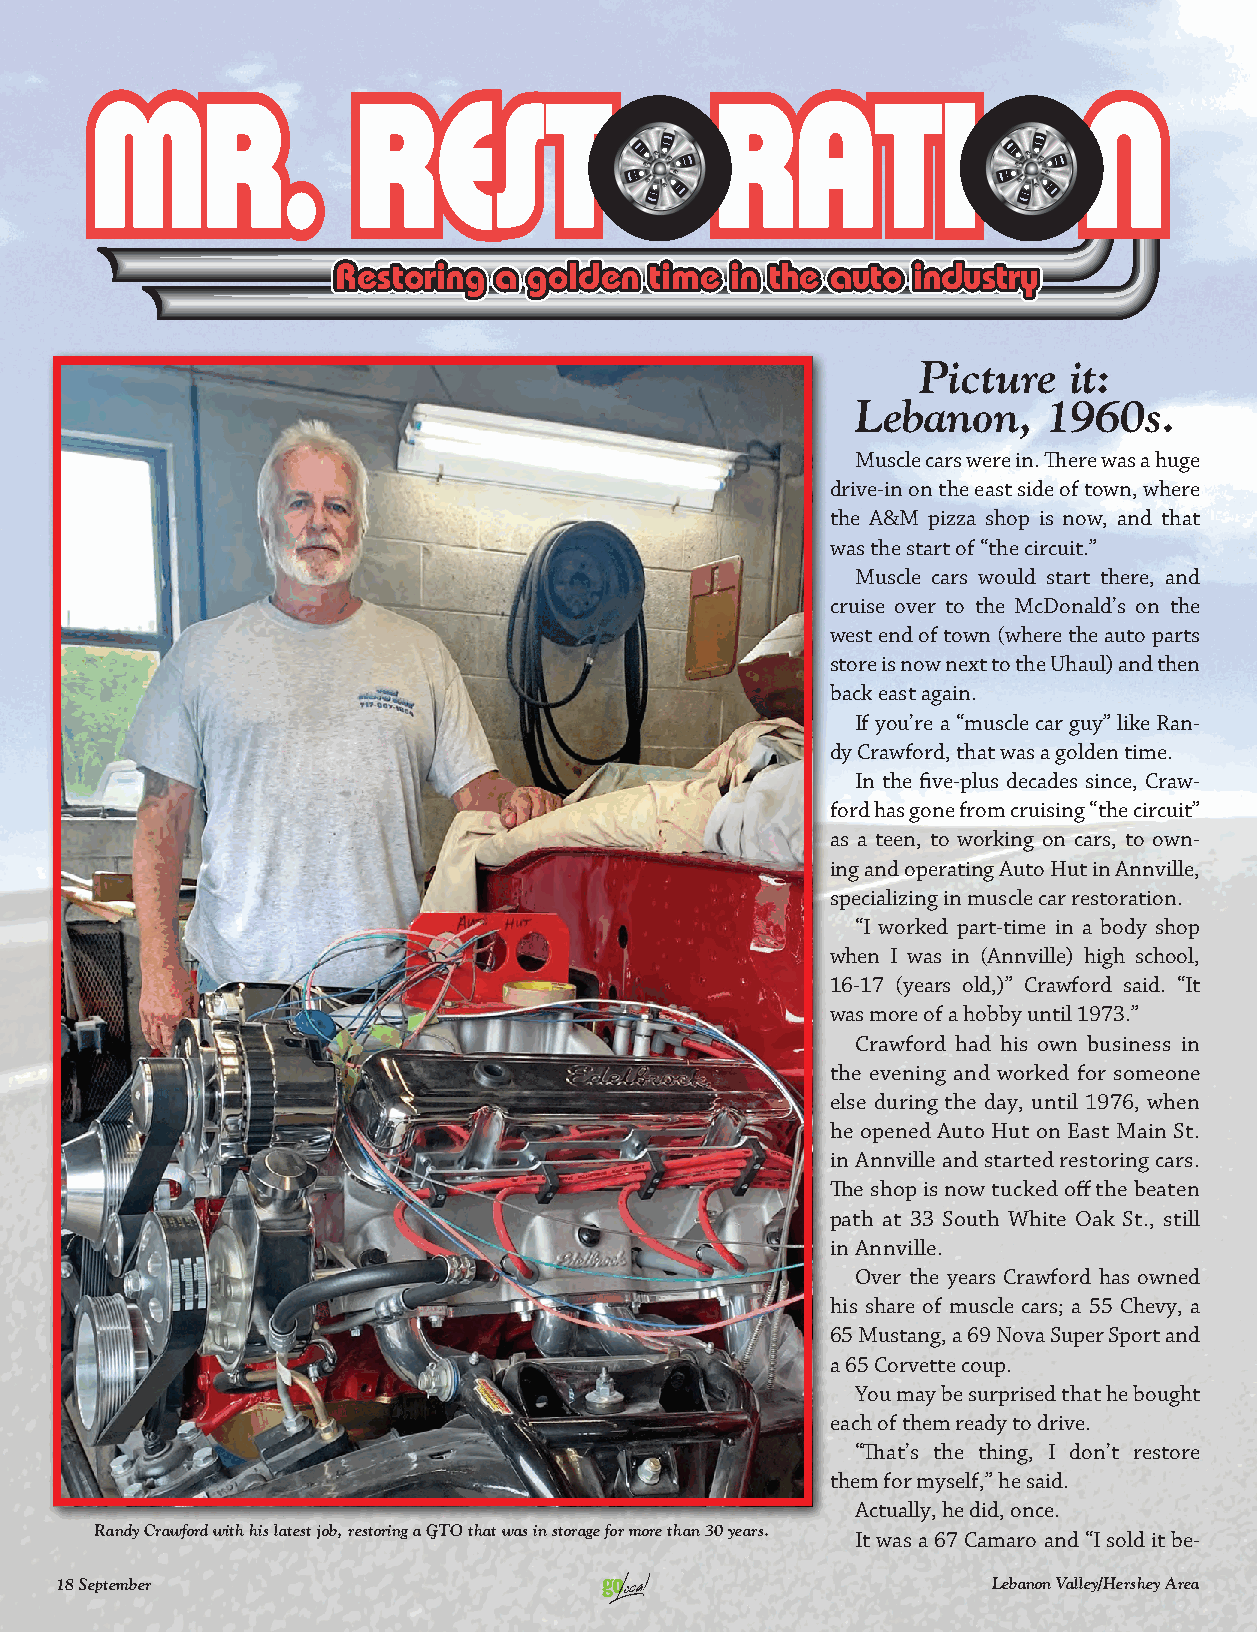
Restoring  a golden  time in the auto industry
 Picture   it:
 Lebanon,    1960s.
 Muscle cars were in. Th ere was a huge
 drive-in on the east side of town, where
 the A&M pizza shop is now, and that
 was the start of “the circuit.”
 Muscle cars would start there, and
 cruise over to the McDonald’s on the
 west end of town (where the auto parts
 store is now next to the Uhaul) and then
 back east again.
 If you’re a “muscle car guy” like Ran-
 dy Crawford, that was a golden time.
 In the fi ve-plus decades since, Craw-
 ford has gone from cruising “the circuit”
 as a teen, to working on cars, to own-
 ing and operating Auto Hut in Annville,
 specializing in muscle car restoration.
 “I worked part-time in a body shop
 when I was in (Annville) high school,
 16-17 (years old,)” Crawford said. “It
 was more of a hobby until 1973.”
 Crawford had his own business in
 the evening and worked for someone
 else during the day, until 1976, when
 he opened Auto Hut on East Main St.
 in Annville and started restoring cars.
 Th e shop is now tucked off the beaten
 path at 33 South White Oak St., still
 in Annville.
 Over the years Crawford has owned
 his share of muscle cars; a 55 Chevy, a
 65 Mustang, a 69 Nova Super Sport and
 a 65 Corvette coup.
 You may be surprised that he bought
 each of them ready to drive.
 “Th at’s the thing, I don’t restore
 them for myself,” he said.
 Actually, he did, once.
 Randy Crawford with his latest job, restoring a GTO that was in storage for more than 30 years.
 It was a 67 Camaro and “I sold it be-
 18 September                                                  Lebanon Valley/Hershey Area